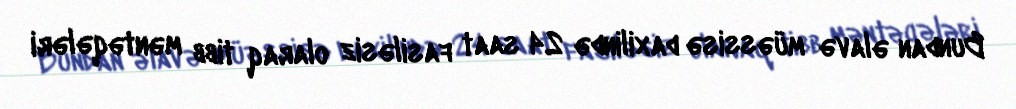
Bundan əlavə müəssisə daxilində 24 saat fasiləsiz olaraq tibb məntəqələri